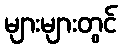
များများတွင်